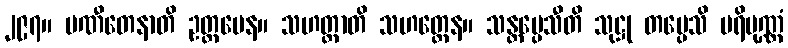
၂၉၇။ ပဏီတေနာတိ ဥတ္တမေန။ သဟတ္ထာတိ သဟတ္ထေန။ သန္တပ္ပေသီတိ သုဋ္ဌု တပ္ပေသိ ပရိပုဏ္ဏံ